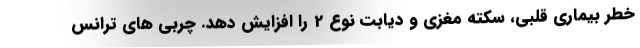
خطر بیماری قلبی، سکته مغزی و دیابت نوع 2 را افزایش دهد. چربی های ترانس